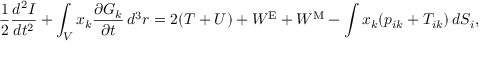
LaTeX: { \frac { 1 } { 2 } } { \frac { d ^ { 2 } I } { d t ^ { 2 } } } + \int _ { V } x _ { k } { \frac { \partial G _ { k } } { \partial t } } \, d ^ { 3 } r = 2 ( T + U ) + W ^ { \mathrm { E } } + W ^ { \mathrm { M } } - \int x _ { k } ( p _ { i k } + T _ { i k } ) \, d S _ { i } ,